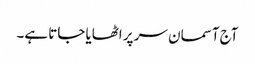
آج آسمان سر پر اٹھایا جاتا ہے۔